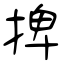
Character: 捭